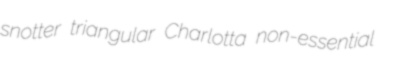
snotter triangular Charlotta non-essential